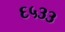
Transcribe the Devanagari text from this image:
६५३३